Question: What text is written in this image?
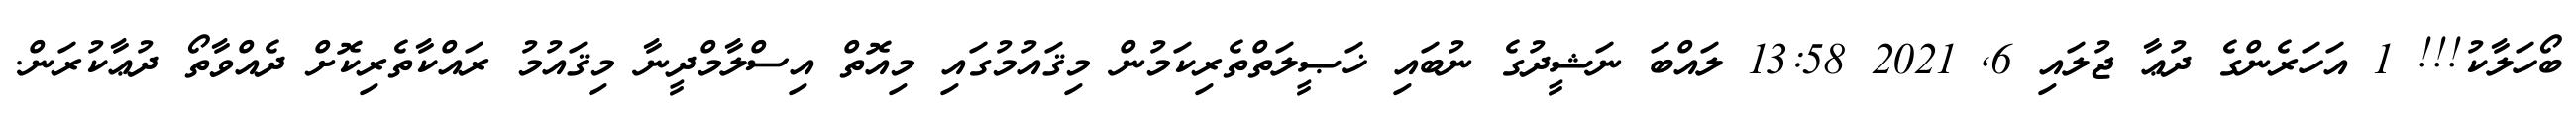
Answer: ބޯހަލާކު!!! 1 އަހަރެންގެ ދުޢާ ޖުލައި 6, 2021 13:58 ލައްބަ ނަޝީދުގެ ނުބައި ޚަޞީލަތްތެރިކަމުން މިޤައުމުގައި މިއޮތް އިސްލާމްދީނާ މިޤައުމު ރައްކާތެރިކޮށް ދެއްވާތޯ ދުޢާކުރަން.